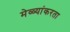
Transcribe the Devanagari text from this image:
मेळ्यांकरता